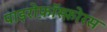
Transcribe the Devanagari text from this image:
पाइरोफ़ॉस्फ़ोरस